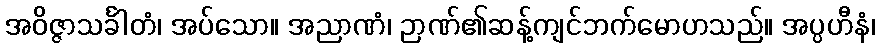
အဝိဇ္ဇာသင်္ခါတံ၊ အပ်သော။ အညာဏံ၊ ဉာဏ်၏ဆန့်ကျင်ဘက်မောဟသည်။ အပ္ပဟီနံ၊